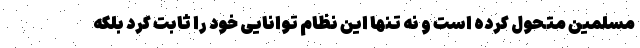
مسلمین متحول کرده است و نه تنها این نظام توانایی خود را ثابت کرد بلکه